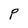
Character: P